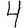
Digit: 4